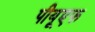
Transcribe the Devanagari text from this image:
पीयूएफ